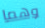
وهما